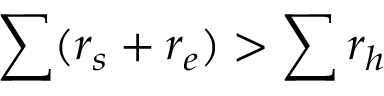
\sum ( r _ { s } + r _ { e } ) > \sum r _ { h }